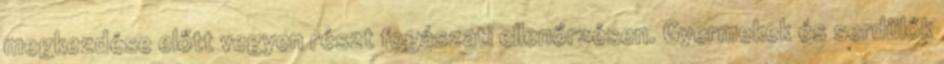
megkezdése előtt vegyen részt fogászati ellenőrzésen. Gyermekek és serdülők